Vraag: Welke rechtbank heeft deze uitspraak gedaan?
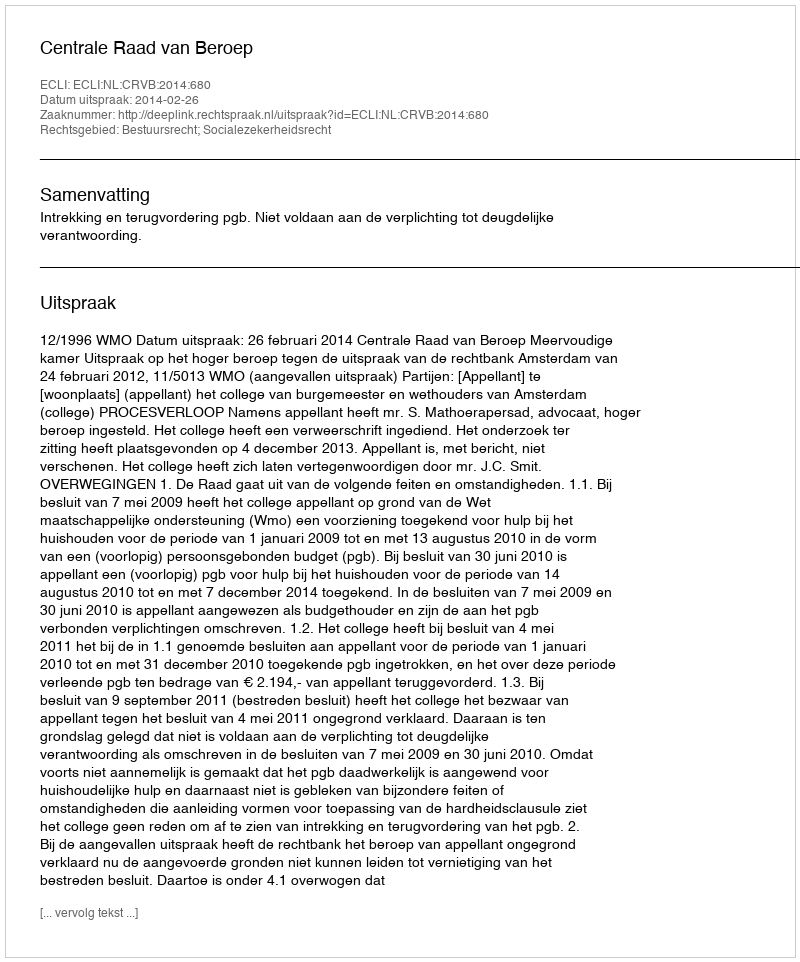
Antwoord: Centrale Raad van Beroep